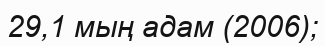
29,1 мың адам (2006);